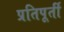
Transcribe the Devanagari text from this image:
प्रतिपूर्ती